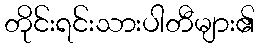
တိုင်းရင်းသားပါတီများ၏